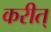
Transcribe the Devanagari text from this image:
करीत्